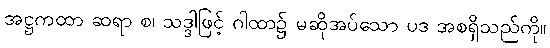
အဋ္ဌကထာ ဆရာ စ၊ သဒ္ဒါဖြင့် ဂါထာ၌ မဆိုအပ်သော ပဒ အစရှိသည်ကို။